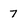
Character: 7